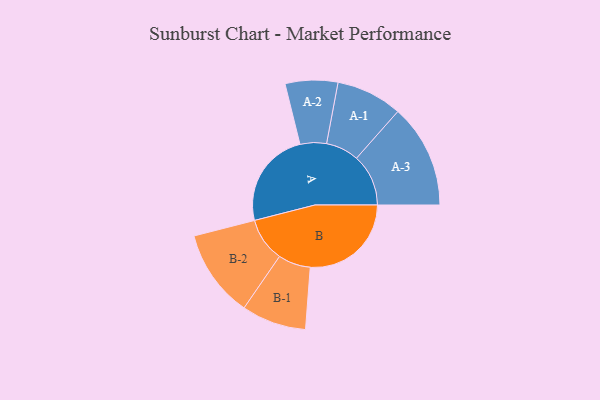
{"axis": {"x": "Segment", "y": "Value"}, "legend": ["", "A", "B"], "data": [{"x": "A", "y": 416, "type": ""}, {"x": "B", "y": 434, "type": ""}, {"x": "A-1", "y": 142, "type": "A"}, {"x": "A-2", "y": 113, "type": "A"}, {"x": "A-3", "y": 223, "type": "A"}, {"x": "B-1", "y": 139, "type": "B"}, {"x": "B-2", "y": 189, "type": "B"}]}